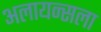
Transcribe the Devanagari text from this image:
अलायन्सला